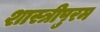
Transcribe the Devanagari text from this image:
शास्त्रीपुरम